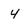
Character: 4